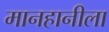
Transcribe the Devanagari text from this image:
मानहानीला